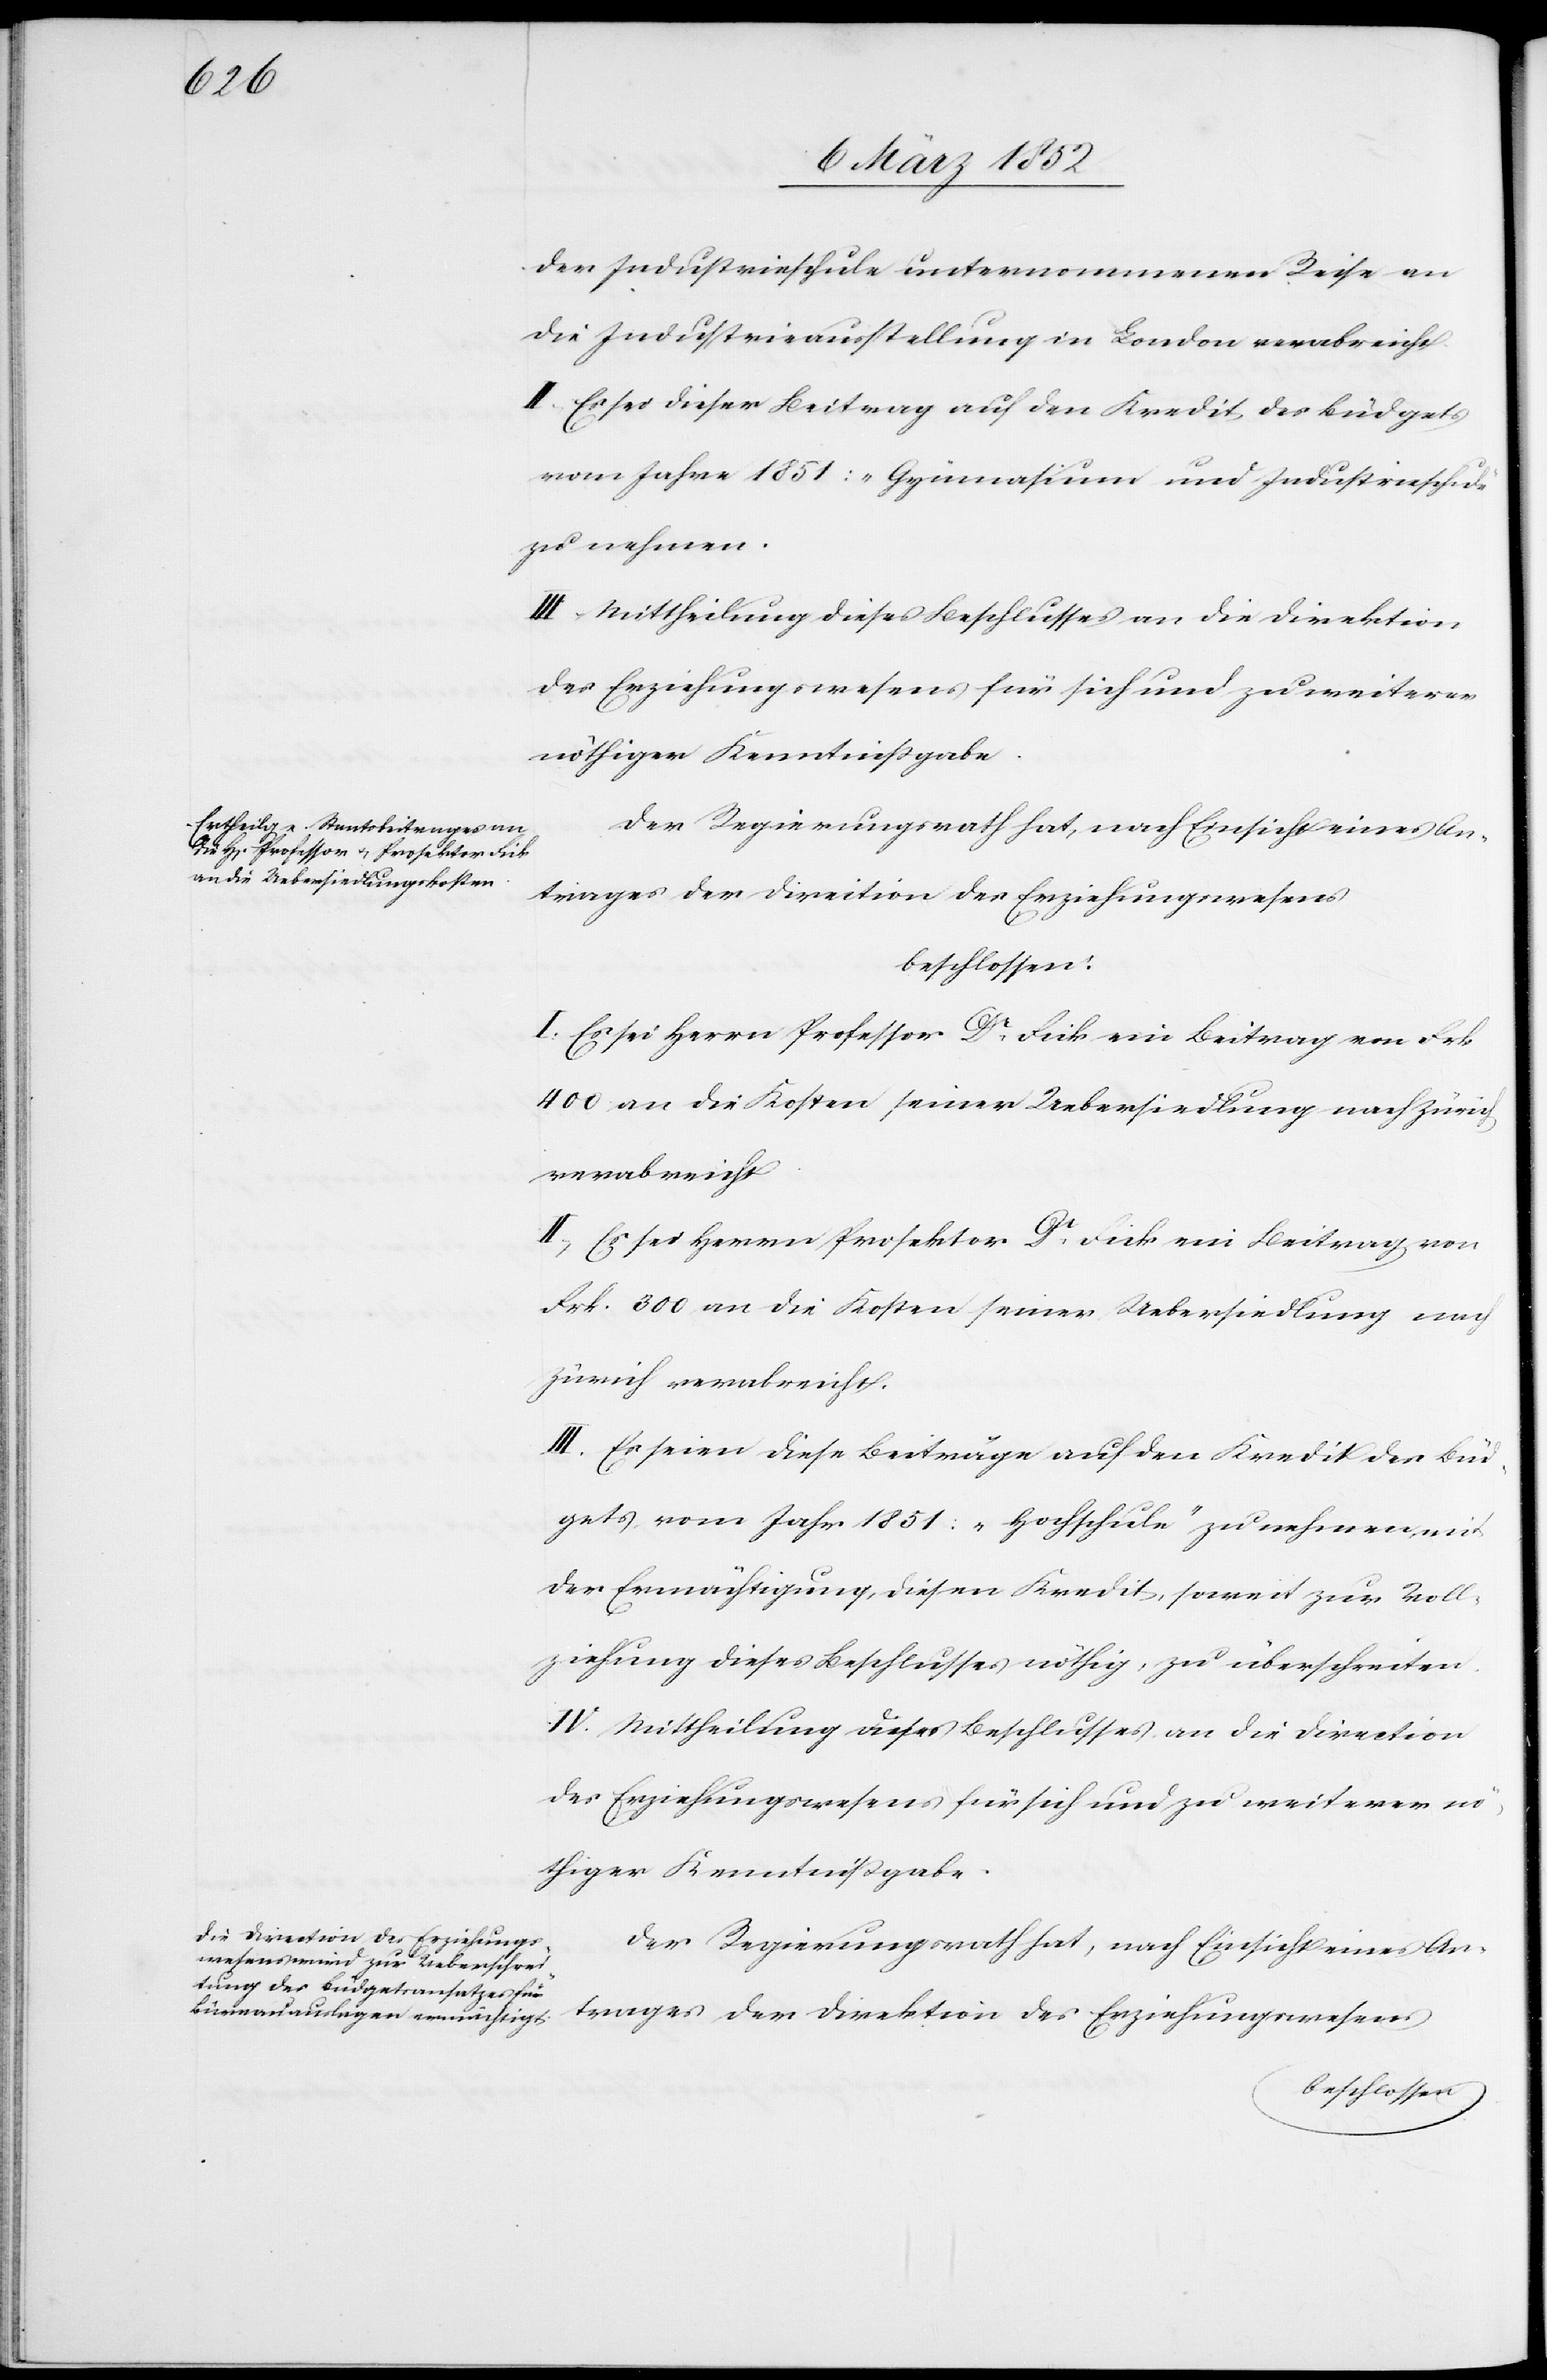
der Industrieschule unternommenen Reise an
die Industrieausstellung in London verabreicht.
II. Es sei dieser Beitrag auf den Kredit des Büdgets
vom Jahre 1851: „Gymnasium und Industrieschule“
zu nehmen.
III. Mittheilung dieses Beschlusses an die Direktion
des Erziehungswesens für sich und zu weiterer
nöthiger Kenntnißgabe.
Der Regierungsrath hat, nach Einsicht eines An¬
trages der Direction des Erziehungswesens
beschlossen:
I. Es sei Herrn Professor Dr Fick ein Beitrag von Frk.
400 an die Kosten seiner Uebersiedlung nach Zürich
verabreicht.
II. Es sei Herrn Prosektor Dr Fick ein Beitrag von
Frk. 300 an die Kosten seiner Uebersiedlung nach
Zürich verabreicht.
III. Es seien diese Beiträge auf den Kredit des Büd¬
gets vom Jahr 1851: „Hochschule“ zu nehmen mit
der Ermächtigung, diesen Kredit, soweit zur Voll¬
ziehung dieses Beschlusses nöthig, zu überschreiten.
IV. Mittheilung dieses Beschlusses an die Direction
des Erziehungswesens für sich und zu weiterer nö¬
thiger Kenntnißgabe.
Der Regierungsrath hat, nach Einsicht eines An¬
trages der Direktion des Erziehungswesens